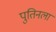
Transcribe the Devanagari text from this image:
पुतिनला